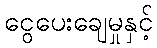
ငွေပေးချေမှုနှင့်